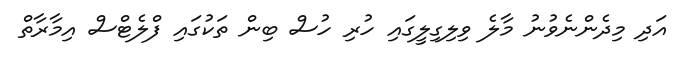
އަދި މިދެންނެވުނު މާލެ ވިލިގިލީގައި ހުރި ހުސް ބިން ތަކުގައި ފްލެޓްސް އިމާރާތް